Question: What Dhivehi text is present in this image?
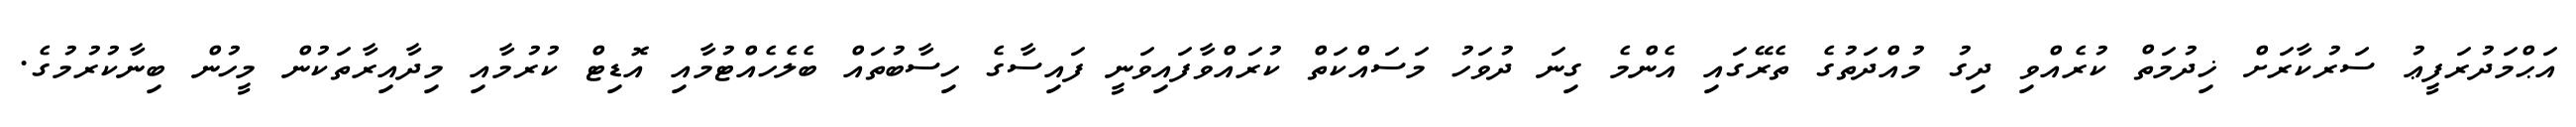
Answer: އަޙްމަދުރަފީޢު ސަރުކާރަށް ޚިދުމަތް ކުރެއްވި ދިގު މުއްދަތުގެ ތެރޭގައި އެންމެ ގިނަ ދުވަހު މަސައްކަތް ކުރައްވާފައިވަނީ ފައިސާގެ ހިސާބުތައް ބެލެހެއްޓުމާއި އޮޑިޓް ކުރުމާއި މިދާއިރާތަކުން މީހުން ބިނާކުރުމުގެ.